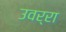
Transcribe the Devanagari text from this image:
उवर्रा